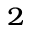
^ { 2 }